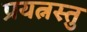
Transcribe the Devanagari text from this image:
प्रयत्नस्तु